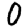
Digit: 0